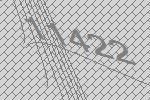
11422